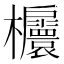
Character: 𣡬